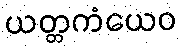
ယတ္တကံယေဝ